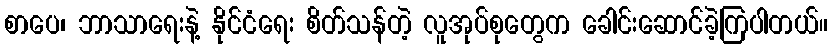
စာပေ၊ ဘာသာရေးနဲ့ နိုင်ငံရေး စိတ်သန်တဲ့ လူအုပ်စုတွေက ခေါင်းဆောင်ခဲ့ကြပါတယ်။